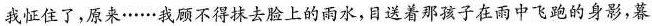
我怔住了，原来……我顾不得抹去脸上的雨水，目送着那孩子在雨中飞跑的身影，暮